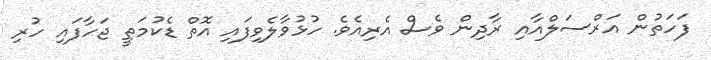
ފަހަތުން އަރްސަލްއާއި ރާދިން ވެސް އެރިއެވެ. ހުޅުވާލެވިފައި އޮތް ޑެކުމަތީ ޖަހާފައި ހުރި